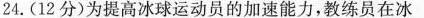
24.(12分)为提高冰球运动员的加速能力，教练员在冰